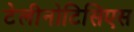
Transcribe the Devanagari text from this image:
टेलीनोटिसिएस